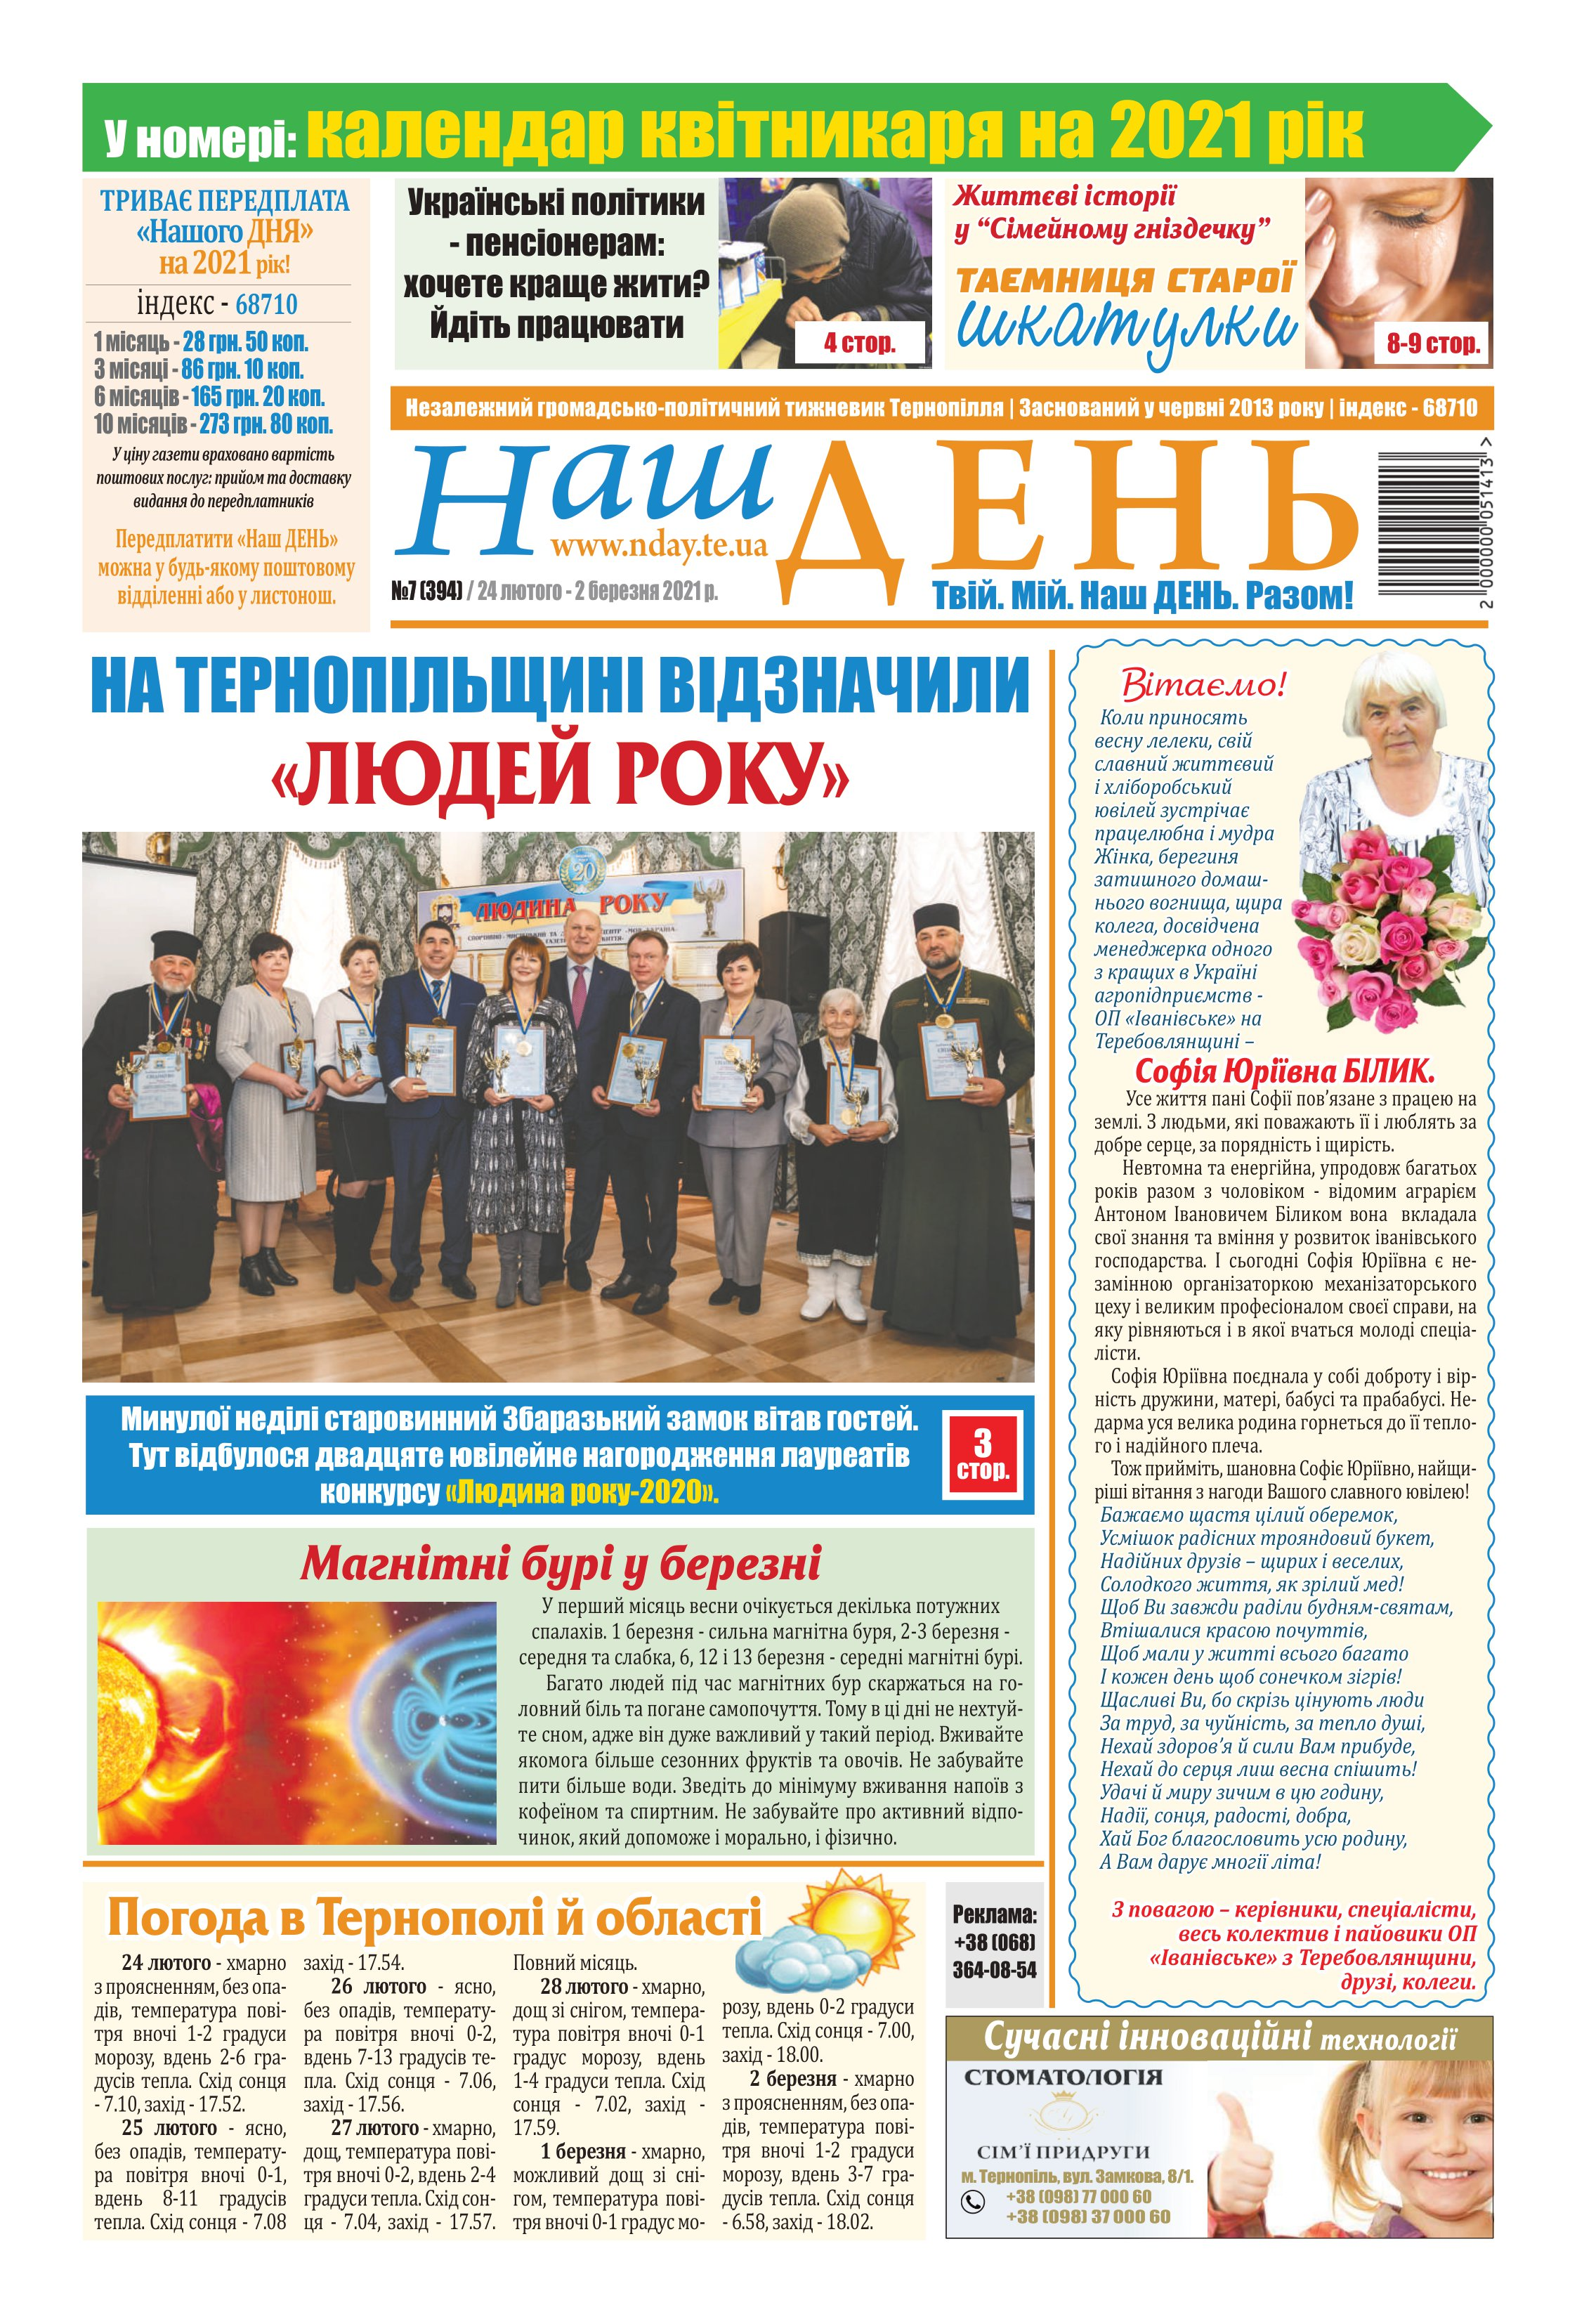
Language: uk